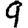
Digit: 9